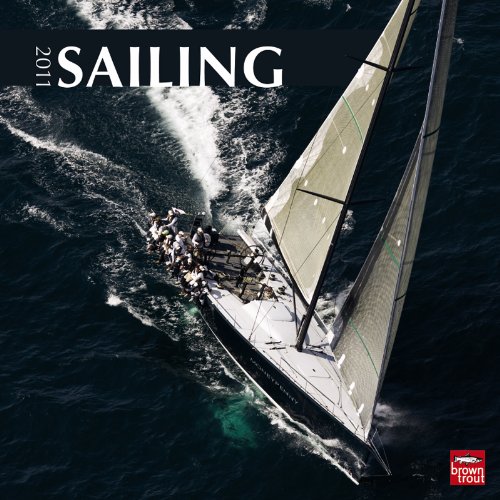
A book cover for Sailing 2011 Square 12X12 Wall Calendar (Multilingual Edition); BrownTrout Publishers Inc; Calendars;